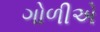
ગોળીએ